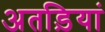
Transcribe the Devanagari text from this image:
अतड़ियां